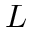
L